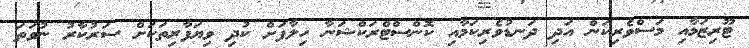
ޓޫރިޒަމާއި މަސްވެރިކަން އަދި ދަނޑުވެރިކަމާއި ކޮންސްޓްރަކްޝަނާ ހިލާފަށް ކުދި ވިޔަފާރިތަކަށް ސަރުކާރު ނުވަތަ